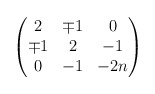
\begin{align*}\begin{pmatrix}2 & \mp 1 & 0 \\\mp 1 & 2 & {-1} \\0 & {-1} & {-2n}\end{pmatrix}\end{align*}